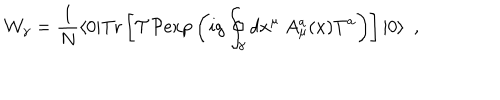
LaTeX: { \cal W } _ { \gamma } = { \frac { 1 } { N } } \langle 0 | \mathrm { T r } \left[ { \cal T } { \cal P } \mathrm { e x p } \left( i g \oint _ { \gamma } d x ^ { \mu } \ A _ { \mu } ^ { a } ( x ) T ^ { a } \right) \right] | 0 \rangle \ \ ,